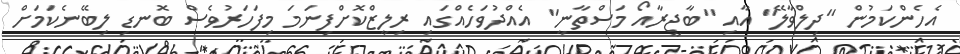
އެހެންކަމުން "ދިލްވާލޭ" އާއި "ބާޖީރާއޯ މަސްތާނީ" އެއްދުވަހެއްގައި ރިލީޒްކޮށްފިނަމަ މިފަހަރުވެސް ބޮނޑި ލިބޭނެކަމަށް